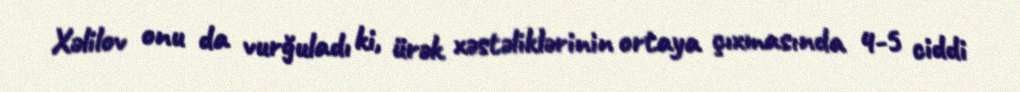
Xəlilov onu da vurğuladı ki, ürək xəstəliklərinin ortaya çıxmasında 4-5 ciddi